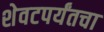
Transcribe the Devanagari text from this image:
शेवटपर्यंतचा